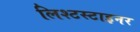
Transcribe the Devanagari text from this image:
लिश्टस्टाइनर